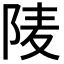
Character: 𨹧